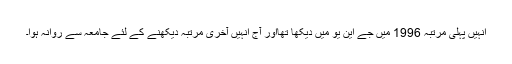
انہیں پہلی مرتبہ 1996 میں جے این یو میں دیکھا تھااور آج انہیں آخری مرتبہ دیکھنے کے لئے جامعہ سے روانہ ہوا۔